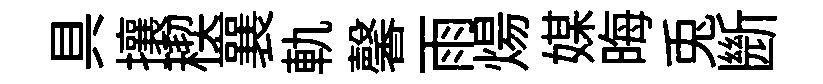
具攘稧襄軌馨雨煬媒晦兎㫁